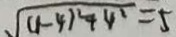
\sqrt { ( 1 - 4 ) ^ { 2 } + 4 ^ { 2 } } = 5